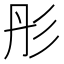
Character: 彤